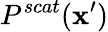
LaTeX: P^{scat}(\textbf{x}^{\prime})